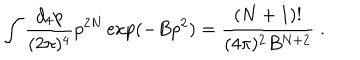
LaTeX: \int \frac { d _ { 4 } p } { ( 2 \pi ) ^ { 4 } } p ^ { 2 N } \exp ( - B p ^ { 2 } ) = \frac { ( N + 1 ) ! } { ( 4 \pi ) ^ { 2 } B ^ { N + 2 } } \; .